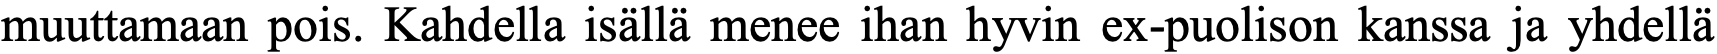
muuttamaan pois. Kahdella isällä menee ihan hyvin ex-puolison kanssa ja yhdellä